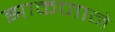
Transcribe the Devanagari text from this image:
झाकणाने